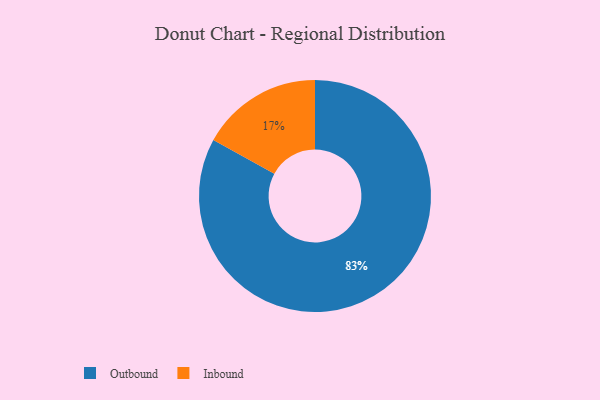
{"axis": {"x": "Category", "y": "Percentage"}, "legend": ["Inbound", "Outbound"], "data": [{"x": "Inbound", "y": 17, "type": "Inbound"}, {"x": "Outbound", "y": 83, "type": "Outbound"}]}